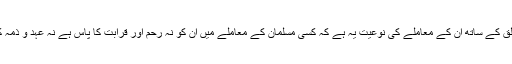
خلق کے ساتھ ان کے معاملے کی نوعیت یہ ہے کہ کسی مسلمان کے معاملے میں ان کو نہ رِحم اور قرابت کا پاس ہے نہ عہد و ذمہ کا۔